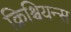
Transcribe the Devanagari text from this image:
क्रिश्चियन्स